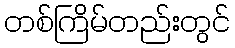
တစ်ကြိမ်တည်းတွင်